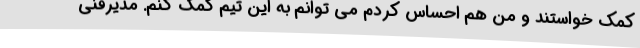
کمک خواستند و من هم احساس کردم می توانم به این تیم کمک کنم. مدیرفنی